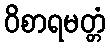
ဝိစာရမတ္တံ